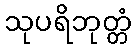
သုပရိဘုတ္တံ